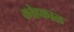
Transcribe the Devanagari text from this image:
कोहकाळ